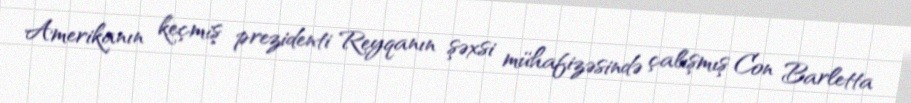
Amerikanın keçmiş prezidenti Reyqanın şəxsi mühafizəsində çalışmış Con Barletta